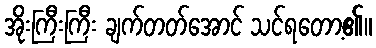
အိုးကြီးကြီး ချက်တတ်အောင် သင်ရတော့၏။